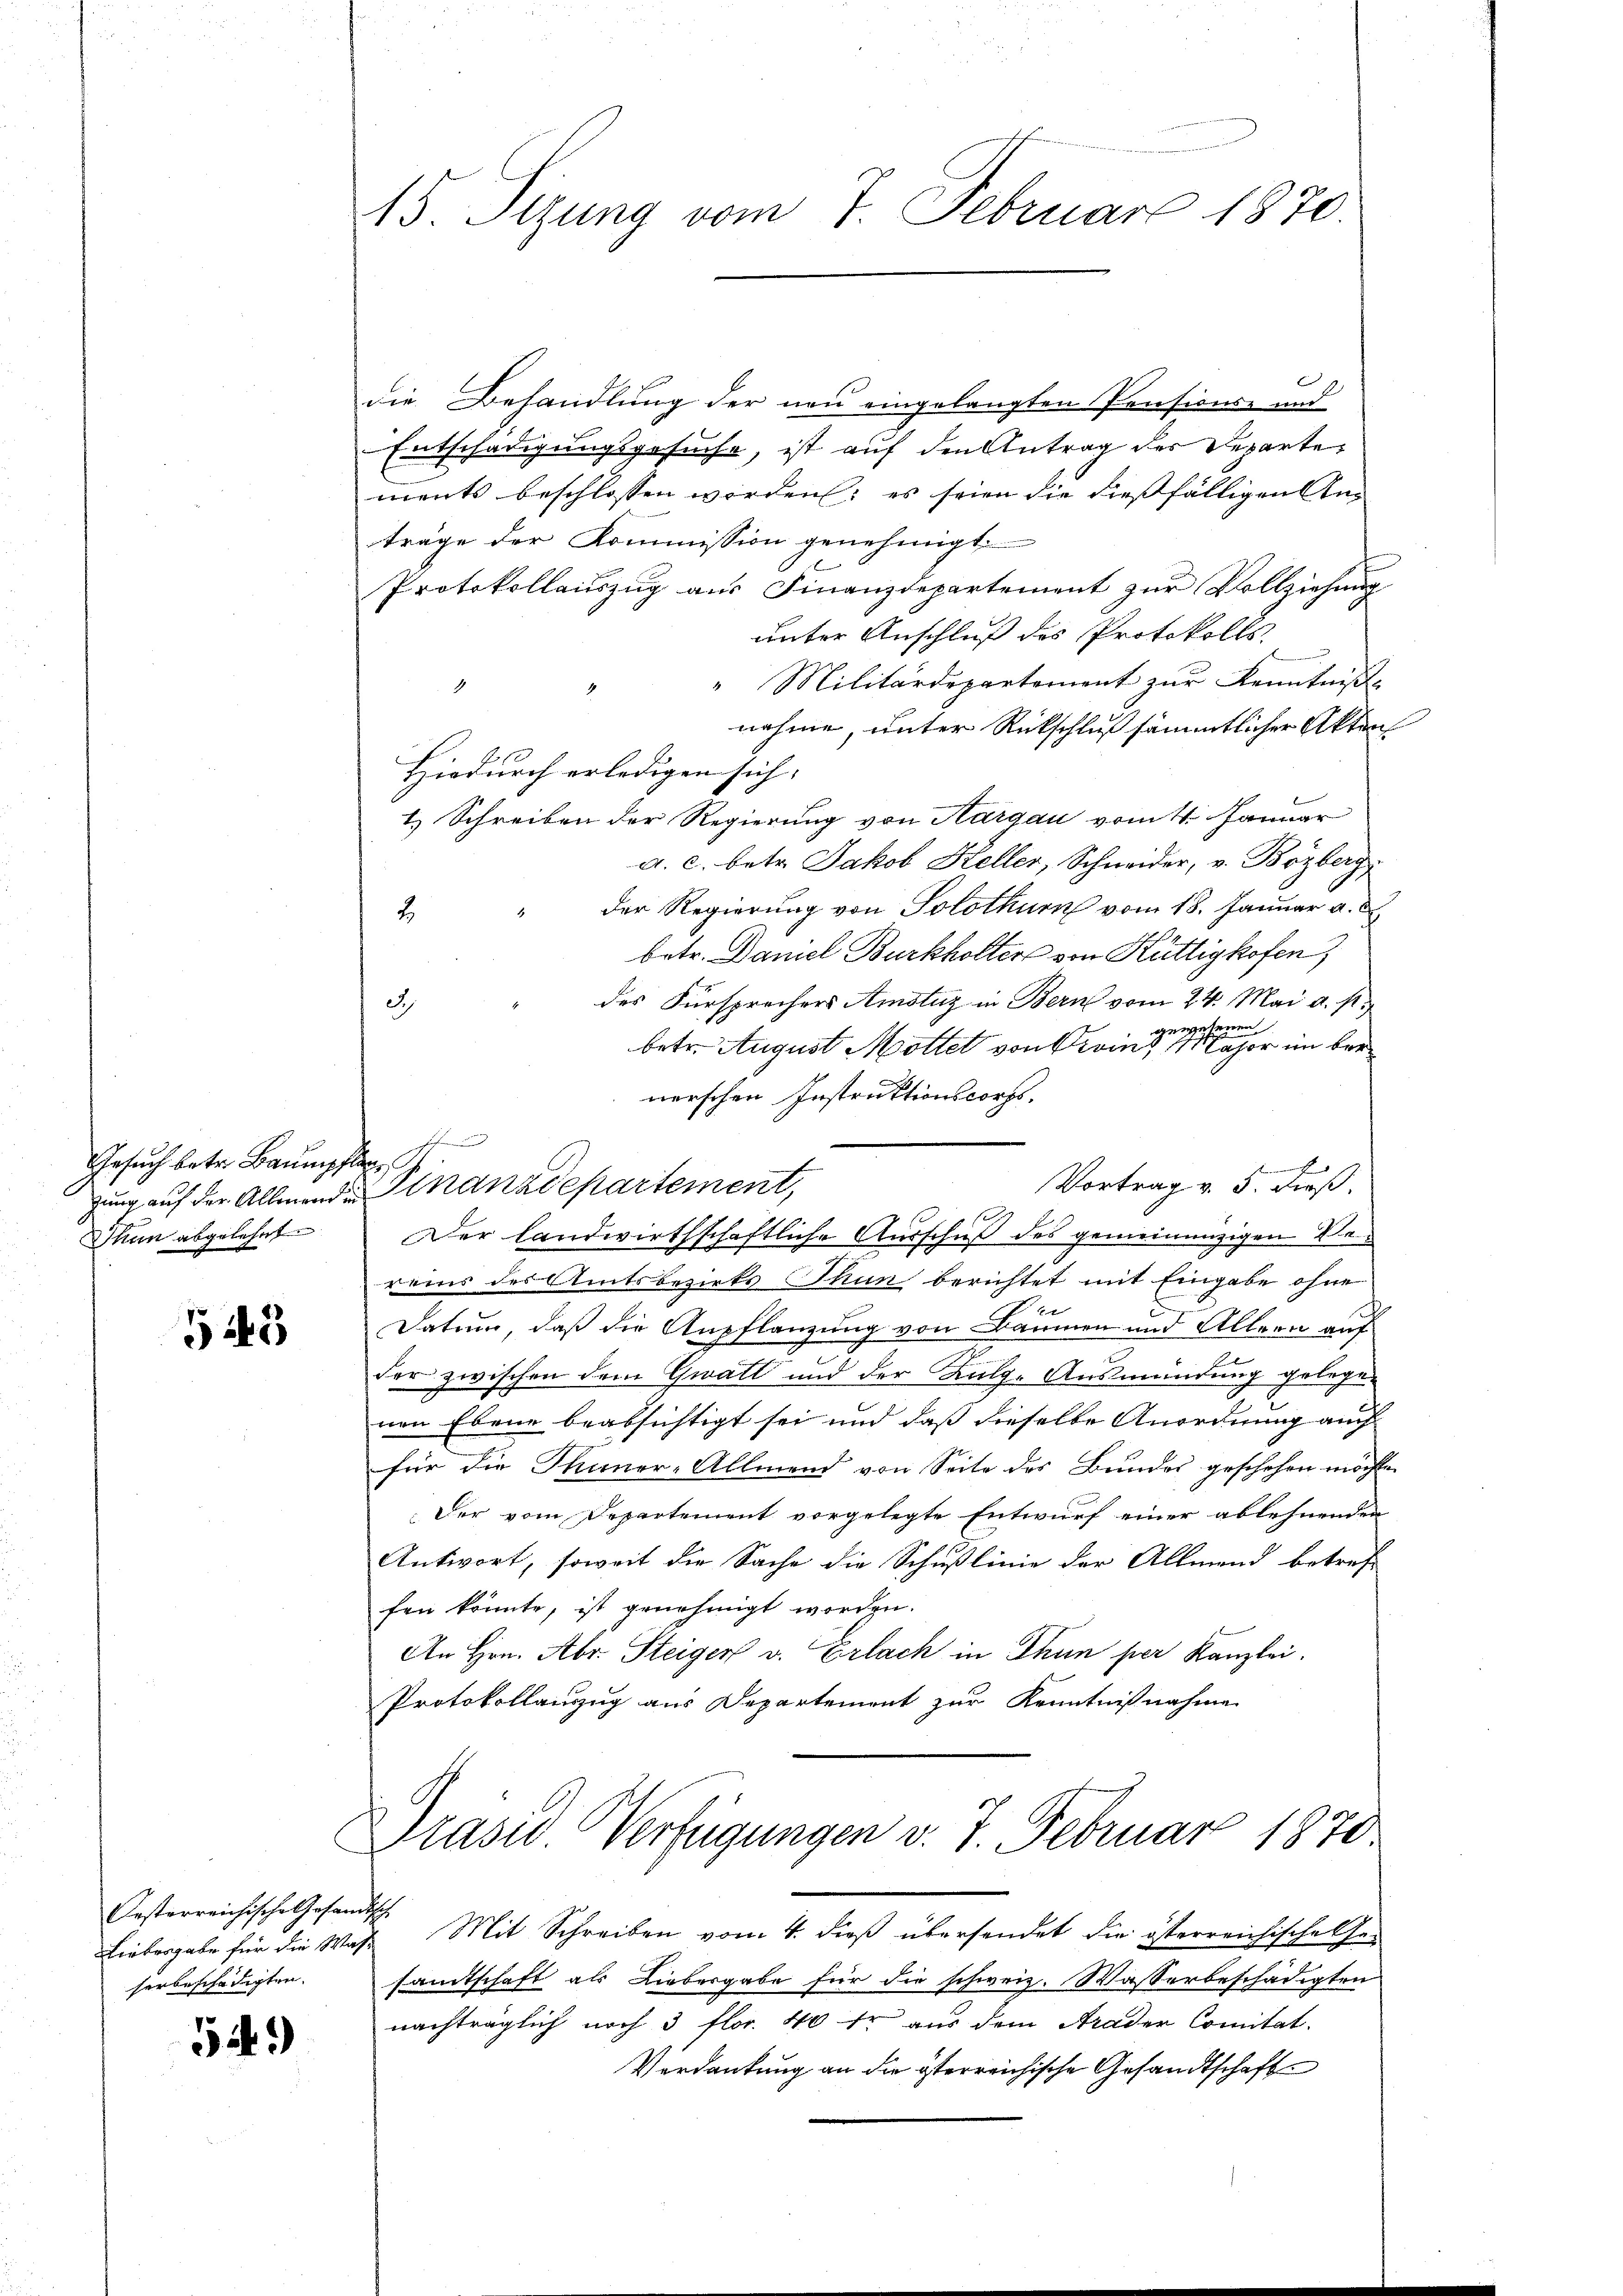
Gesuch betr. Baumpfer
Thun abgelehnt

G 143

Oesterreichische Gesandtisch
serbeschädigten.

54.)

15. Sizung vom 7. Februar 1870.

die Behandlung der neu eingelangten Praesiouse und
Entschädigungsgesuche, ist auf den Antrag der Departements beschlossen worden; es seien die dießfälligen Anträge der Kommission genehmigt.
Protokollauszug aus Finanzdepartement zur Vollziehung
unter Anschluß des Protokolls
"Militärdepartement zur Kenntniß
nahme, unter Rückschluß sämmtlicher Akten
Hiedurch erledigen sich, |
1.) Schreiben der Regierung von Aargau vom 4. Januar
a. c. betr. Jakob Heller, Schneider, v. Bözberg
2 " der Regierung von Solothurn vom 18. Januar a.
betr. Daniel Burkholter von Rüttigkofen)
des Fürsprechers Amsluz in Bern vom 24. Mai a. s.
3.
gewesenen
betr. August Motter von Krains Major im ber
nerschen Instruktionscorps.

Vortrag v. 3. dieß.
Der landwirthschaftliche Ausschuß des gemeinnüzigen Vereins des Amtsbezirks Thun berichtet mit Eingabe ohne
t
Datum, daß die Anpflanzung von Bäumen und Allern auf
2
der zwischen dem Gwalt und der Kulge Ausmündung gelegenen Ebene beabsichtigt sei und daß dieselbe Anordnung auch
für die Thuner-Allmend von Seite des Bundes geschehen möchte.
Der vom Departement vorgelegte Entwurf einer ablehnenden
Antwort, soweit die Sache die Schußlinie der Allmend betref
fen könnte, ist genehmigt worden.
An Hrn. Abr. Steiger v. Erlach in Thun per Kanzlei.
Protokollanzug aus Departement zur Kenntnißnahme
Prasis Verfügungen v. 7. Februar 1870
Liebergabe für die Was Mit Schreiben vom 4. dieß übersendet die österreichische Gesandtschaft als Liebergabe für die schweiz. Wasserbeschädigten
nachträglich noch 3 flor. 40 fr aus dem Arader Comitat.
Verdankung an die österreichische Gesandtschaft

zung auf der Allmende Finanzdepartement,